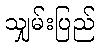
သျှမ်းပြည်